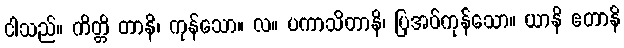
ငါသည်။ ကိတ္တိ တာနိ၊ ကုန်သော။ လ။ ပကာသိတာနိ၊ ပြအပ်ကုန်သော။ ယာနိ ဧတာနိ